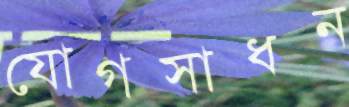
যোগসাধন